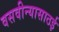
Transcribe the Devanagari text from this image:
वसवीन्यासाठई